Notes on the propagation and cultivation of the medicinal cinchonas, or Peruvian bark trees
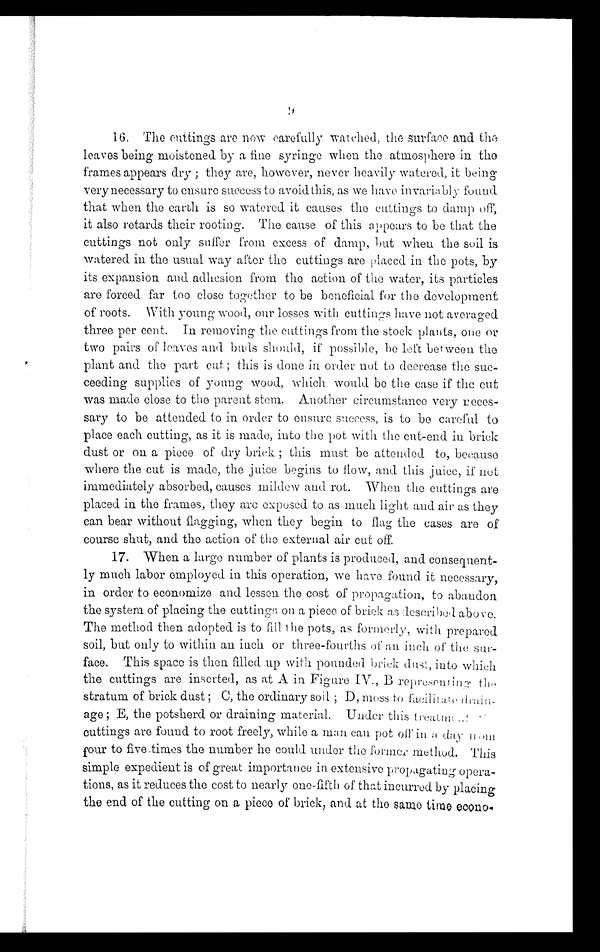
I6. The cuttings are now carefully watched, the surface and the
leaves being moistened by a fine syringe when the atmosphere in the
frames appears dry ; they are, however, never heavily watered, it being
verynecessary to ensure success to avoid this, as we have invariably found,
that when the earth is so watered it causes the cuttings to damp off,
it also retards their rooting. The cause of this appears to be that the
cuttings not only suffer from excess of damp, but when the soil is
watered in the usual way after the cuttings are placed in the pots, by
its expansion and adhesion from the action of the water, its particles
are forced far too close together to be beneficial for the development
of roots. With young wood, our losses with cuttings have not averaged
three per cent. In removing the cuttings from the stock plants, one or
two pairs of loaves and buds should, if possible, be left between the
plant and the part cut; this is done in order not to decrease the suc-
ceeding supplies of young wood, which would be the case if the cut
was made close to the parent stem. Another circumstance very neces-
sary to be attended to in order to ensure success, is to be careful to
place each cutting, as it is made, into the pot with the cut-end in brick
dust or on a piece of dry brick ; this must be attended to, because
where the cut is made, the juice begins to flow, and. this juice, if not
immediately absorbed, causes mildew and rot. When the cuttings are
placed in the frames, they are exposed to as much light and air as they
can bear without flagging, when they begin to flag the cases are of
course shut, and the action of the external air cut off.
17. When a large number of plants is produced, and consequent-
ly much labor employed in this operation, we have found it necessary,
in order to economize and lessen the cost of propagation, to abandon
the system of placing the cuttings on a piece of brick as described above.
The method then adopted is to fill the pots, as formerly, with prepared
soil, but only to within an inch or three-fourths of an inch of the sur-
face. This space is then filled up with pounded brick dust, into which
the cuttings are inserted, as at A in Figure IV.,B representiu
g the stratum of brick dust ; C, the ordinary soil ; D, moss to
f a c i l i t a t e d r a i n a g e ; E , t h e p o t s h e r d o r d r a i n i n gm
a t e r i a l . U n d e r t h i s t
r e a t m e n t o f
cuttings are found to root freely, while a man can pot off in a day nom
f our to five times the number he could under the former method. This
simple expedient is of great importance in extensive propagating opera-
tions, as it reduces the cost to nearly one-fifth of that incurred by placing
the end of the cutting on a piece of brick, and at the same time econo-